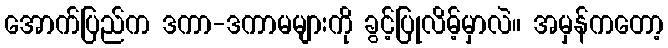
အောက်ပြည်က ဒကာ-ဒကာမများကို ခွင့်ပြုလိမ့်မှာလဲ။ အမှန်ကတော့